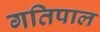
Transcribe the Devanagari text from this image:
गतिपाल